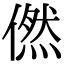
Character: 㒄